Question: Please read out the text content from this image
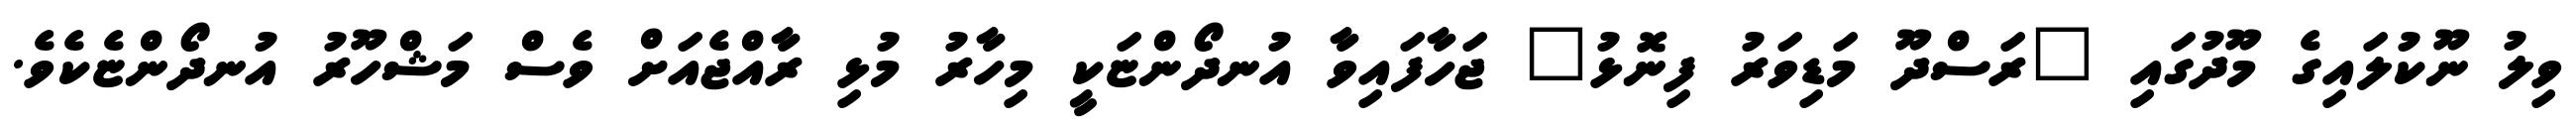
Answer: ވިލު ނޫކުލައިގެ މޫދުގައި "ރަސްދޫ މަޑިވަރު ފިނޮޅު" ޖަހާފައިވާ އުނދޯންޏަކީ މިހާރު މުޅި ރާއްޖެއަށް ވެސް މަޝްހޫރު އުނދޯންޏެކެވެ.